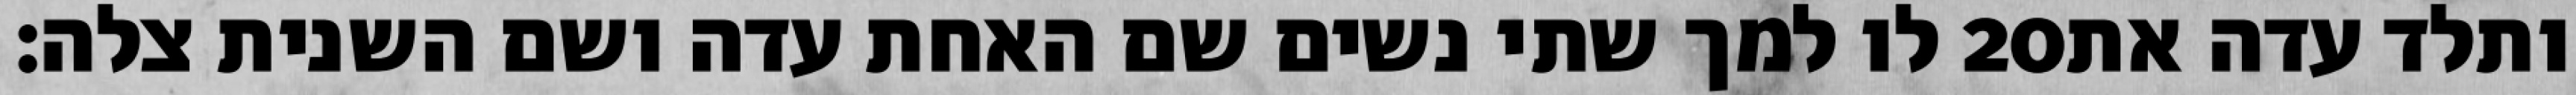
לו למך שתי נשים שם האחת עדה ושם השנית צלה׃ ‎20‏ ותלד עדה את